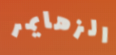
الزهايمر